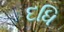
દધિ